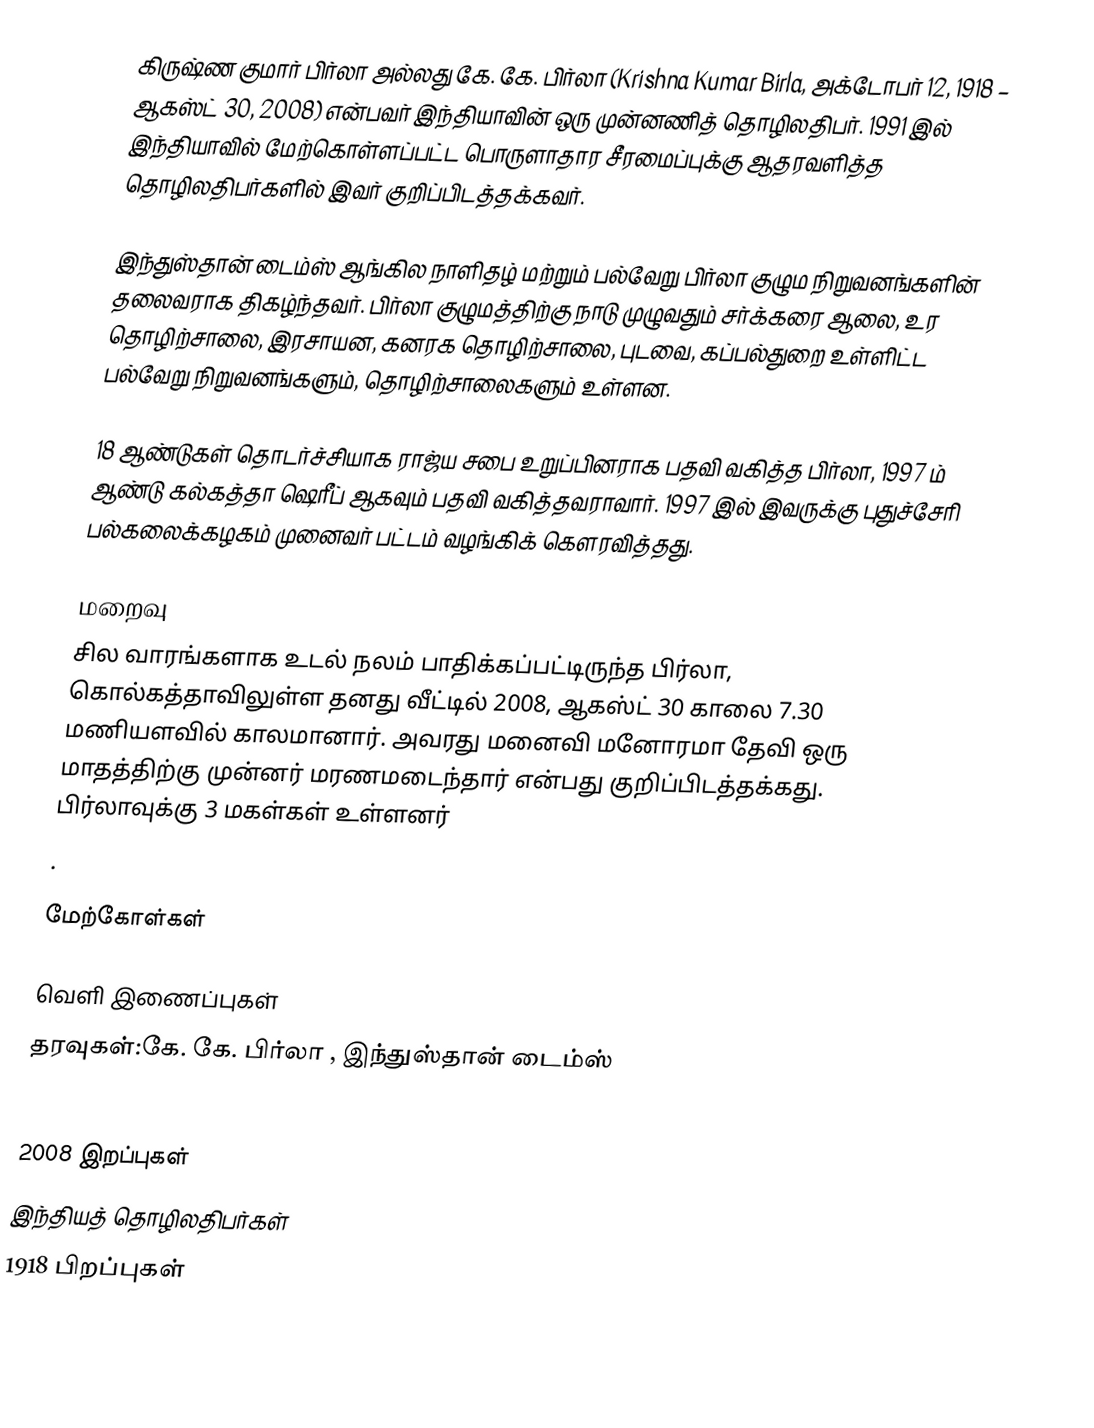
கிருஷ்ண குமார் பிர்லா அல்லது கே. கே. பிர்லா (Krishna Kumar Birla, அக்டோபர் 12, 1918 – ஆகஸ்ட் 30, 2008) என்பவர் இந்தியாவின் ஒரு முன்னணித் தொழிலதிபர். 1991 இல் இந்தியாவில் மேற்கொள்ளப்பட்ட பொருளாதார சீரமைப்புக்கு ஆதரவளித்த தொழிலதிபர்களில் இவர் குறிப்பிடத்தக்கவர்.

இந்துஸ்தான் டைம்ஸ் ஆங்கில நாளிதழ் மற்றும் பல்வேறு பிர்லா குழும நிறுவனங்களின் தலைவராக திகழ்ந்தவர். பிர்லா குழுமத்திற்கு நாடு முழுவதும் சர்க்கரை ஆலை, உர தொழிற்சாலை, இரசாயன, கனரக தொழிற்சாலை, புடவை, கப்பல்துறை உள்ளிட்ட பல்வேறு நிறுவனங்களும், தொழிற்சாலைகளும் உள்ளன.

18 ஆண்டுகள் தொடர்ச்சியாக ராஜ்ய சபை உறுப்பினராக பதவி வகித்த பிர்லா, 1997 ம் ஆண்டு கல்கத்தா ஷெரீப் ஆகவும் பதவி வகித்தவராவார். 1997 இல் இவருக்கு புதுச்சேரி பல்கலைக்கழகம் முனைவர் பட்டம் வழங்கிக் கௌரவித்தது.

மறைவு
சில வாரங்களாக உடல் நலம் பாதிக்கப்பட்டிருந்த பிர்லா, கொல்கத்தாவிலுள்ள தனது வீட்டில் 2008, ஆகஸ்ட் 30 காலை 7.30 மணியளவில் காலமானார். அவரது மனைவி மனோரமா தேவி ஒரு மாதத்திற்கு முன்னர் மரணமடைந்தார் என்பது குறிப்பிடத்தக்கது. பிர்லாவுக்கு 3 மகள்கள் உள்ளனர்
.

மேற்கோள்கள்

வெளி இணைப்புகள்
 தரவுகள்:கே. கே. பிர்லா , இந்துஸ்தான் டைம்ஸ்
 Noted industrialist K K Birla dies at 90

2008 இறப்புகள்
இந்தியத் தொழிலதிபர்கள்
1918 பிறப்புகள்